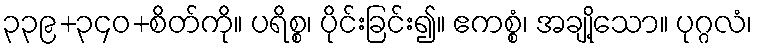
၃၃၉+၃၄၀+စိတ်ကို။ ပရိစ္စ၊ ပိုင်းခြင်း၍။ ဧကစ္စံ၊ အချို့သော။ ပုဂ္ဂလံ၊